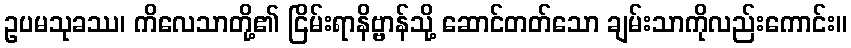
ဥပမသုခဿ၊ ကိလေသာတို့၏ ငြိမ်းရာနိဗ္ဗာန်သို့ ဆောင်တတ်သော ချမ်းသာကိုလည်းကောင်း။